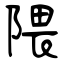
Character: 隈